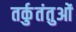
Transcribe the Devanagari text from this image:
तर्कुतंतुओं